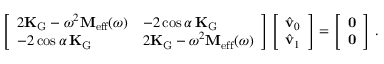
\left[ \begin{array} { l l } { 2 \mathbf { K } _ { \mathrm { G } } - \omega ^ { 2 } \mathbf { M } _ { \mathrm { e f f } } ( \omega ) } & { - 2 \cos \alpha \, \mathbf { K } _ { \mathrm { G } } } \\ { - 2 \cos \alpha \, \mathbf { K } _ { \mathrm { G } } } & { 2 \mathbf { K } _ { \mathrm { G } } - \omega ^ { 2 } \mathbf { M } _ { \mathrm { e f f } } ( \omega ) } \end{array} \right] \left[ \begin{array} { l } { \hat { \mathbf { v } } _ { 0 } } \\ { \hat { \mathbf { v } } _ { 1 } } \end{array} \right] = \left[ \begin{array} { l } { \mathbf { 0 } } \\ { \mathbf { 0 } } \end{array} \right] \, .